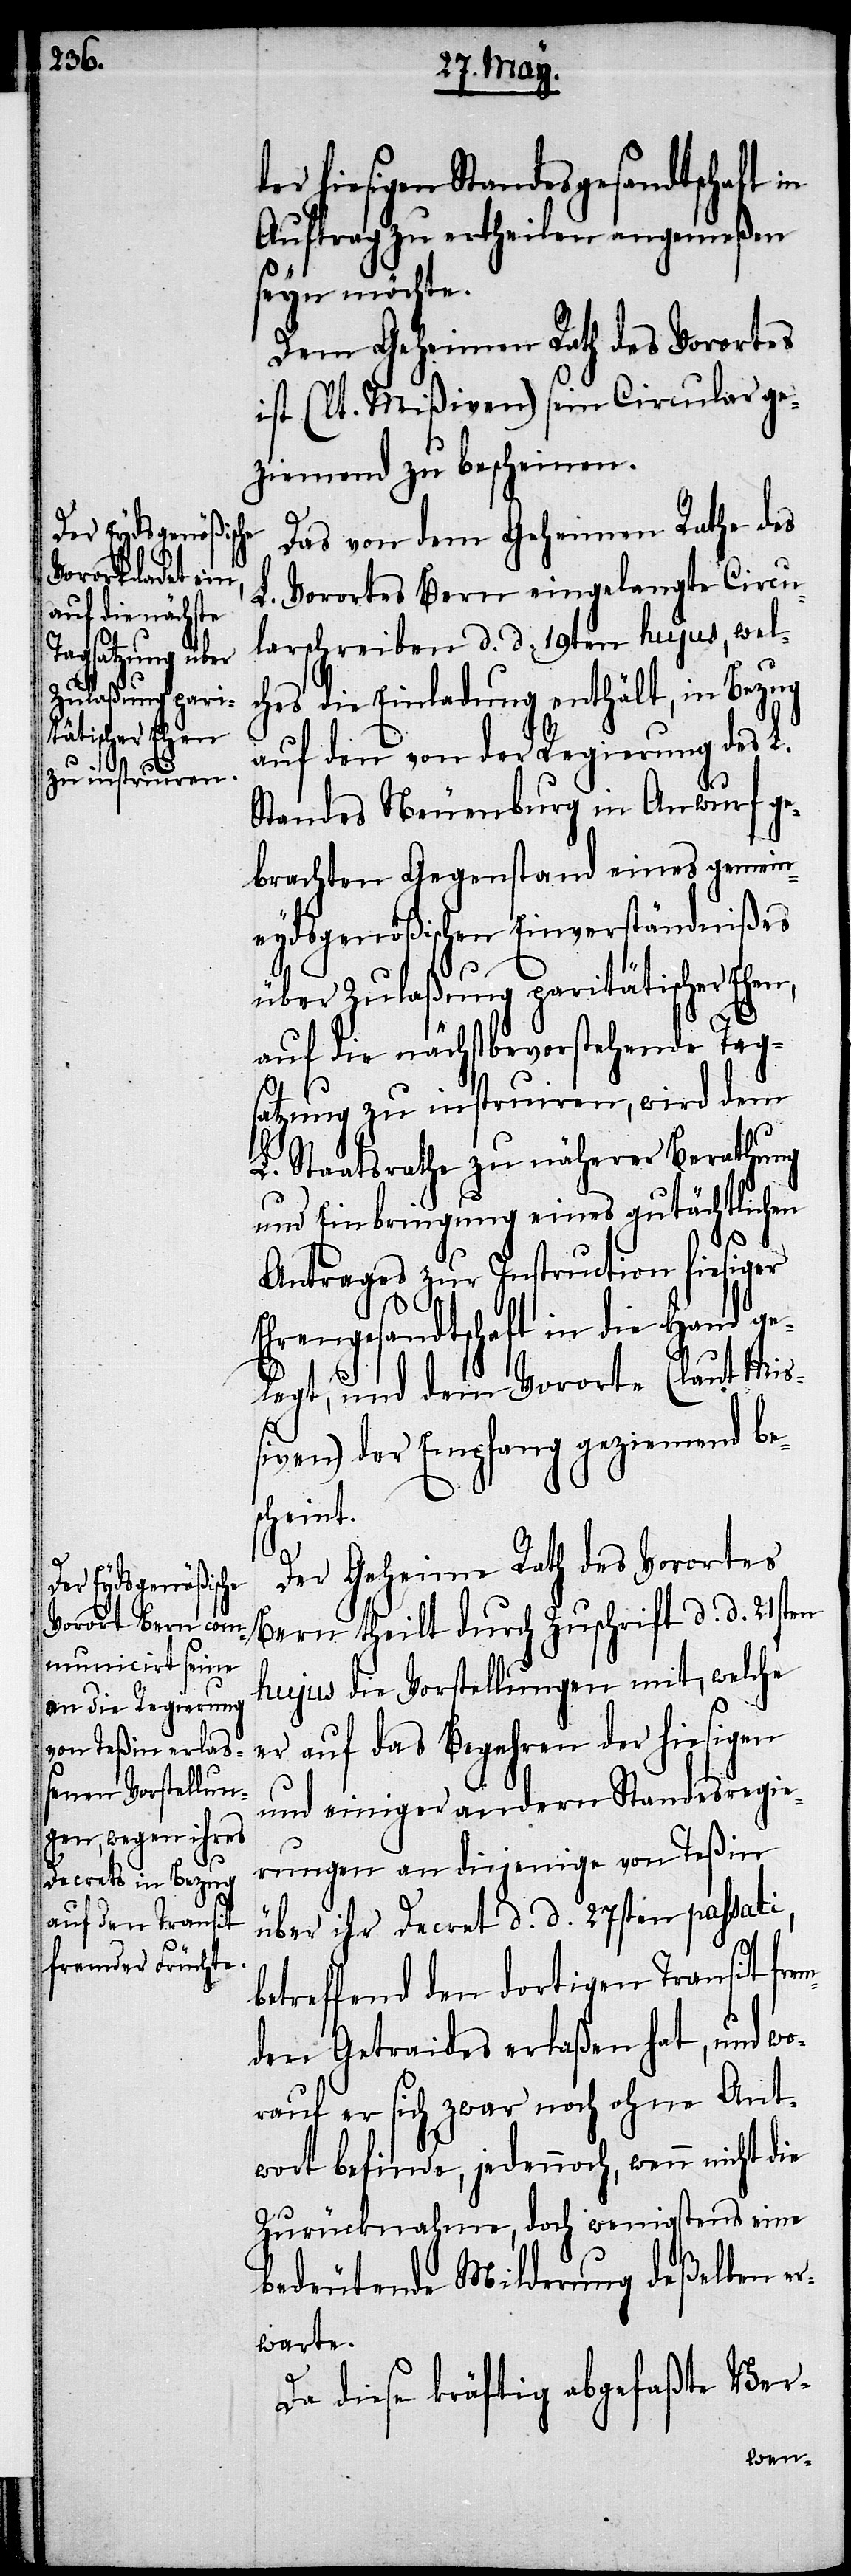
ie

hiesigen Standesgesandtschaft in
Auftrag zu ertheilen angemeßen
seyn möchte.
Dem Geheimen Rath des Vorortes
ist (lt. Mißiven) sein Circular ge¬
ziemend zu bescheinen.
Das von dem Geheimen Rathe des
L. Vorortes Bern eingelangte Circu¬
larschreiben d. d. 19ten hujus, wel¬
ches die Einladung enthält, in Bezug
auf den von der Regierung des L.
Standes Neuenburg in Anwurf ge¬
brachten Gegenstand eines gemein¬
eydsgenößischen Einverständnißes
über Zulaßung paritätischer Ehen,
auf die nächstbevorstehende Tags¬
atzung zu instruiren, wird dem
L. Staatsrathe zu näherer Berathung
und Einbringung eines gutächtlichen
Antrages zur Instruction hiesiger
Ehrengesandtschaft in die Hand ge¬
legt, und dem Vororte (laut Miß¬
iven) der Empfang geziemend be¬
scheint.
Der Geheime Rath des Vorortes
Bern theilt durch Zuschrift d. d. 21sten
hujus die Vorstellungen mit, welche
er auf das Begehren der hiesigen
und einiger andern Standesregie¬
rungen an diejenige von Teßin
über ihr Decret d. d. 27ten passati,
betreffend den dortigen Transit frem¬
den Getraides erlaßen hat, und wo¬
rauf er sich zwar noch ohne Ant¬
wort befinde, jedennoch, wenn nicht d¬
Zurücknahme, doch wenigstens eine
bedeutende Milderung deßelben er¬
warte.
Da diese kräftig abgefaßte Ver-